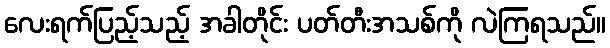
လေးရက်ပြည့်သည့် အခါတိုင်း ပတ်တီးအသစ်ကို လဲကြရသည်။